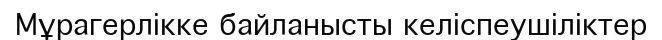
Мұрагерлікке байланысты келіспеушіліктер